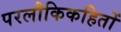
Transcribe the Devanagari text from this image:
परलौकिकहितों